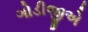
ગોડીજીએ